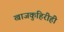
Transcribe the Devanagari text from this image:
खाजकुहिरीही